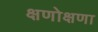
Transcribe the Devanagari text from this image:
क्षणोक्षणा